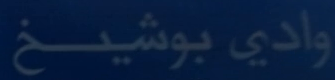
وادي بوشيشخ